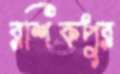
রশিকপুর